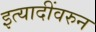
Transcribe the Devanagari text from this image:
इत्यादींवरुन